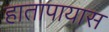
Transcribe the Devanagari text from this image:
हातापायास